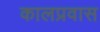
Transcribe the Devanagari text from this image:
कालप्रवास